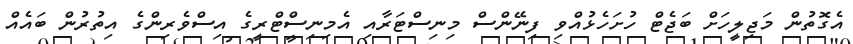
އެގޮތުން މަޖިލީހަށް ބަޖެޓް ހުށަހެޅުއްވި ފިނޭންސް މިނިސްޓަރާއި އެމިނިސްޓްރީގެ އިސްވެރިންގެ އިތުރުން ބައެއް